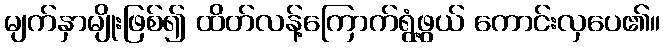
မျက်နှာမျိုးဖြစ်၍ ထိတ်လန့်ကြောက်ရွံ့ဖွယ် ကောင်းလှပေ၏။